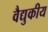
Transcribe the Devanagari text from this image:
वैद्युकीय